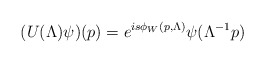
\begin{align*}(U(\Lambda)\psi)(p)=e^{is\phi_W(p,\Lambda)} \psi(\Lambda^{-1}p)\end{align*}